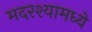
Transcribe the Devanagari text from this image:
मदरश्यामध्ये